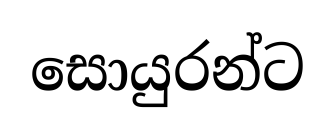
සොයුරන්ට